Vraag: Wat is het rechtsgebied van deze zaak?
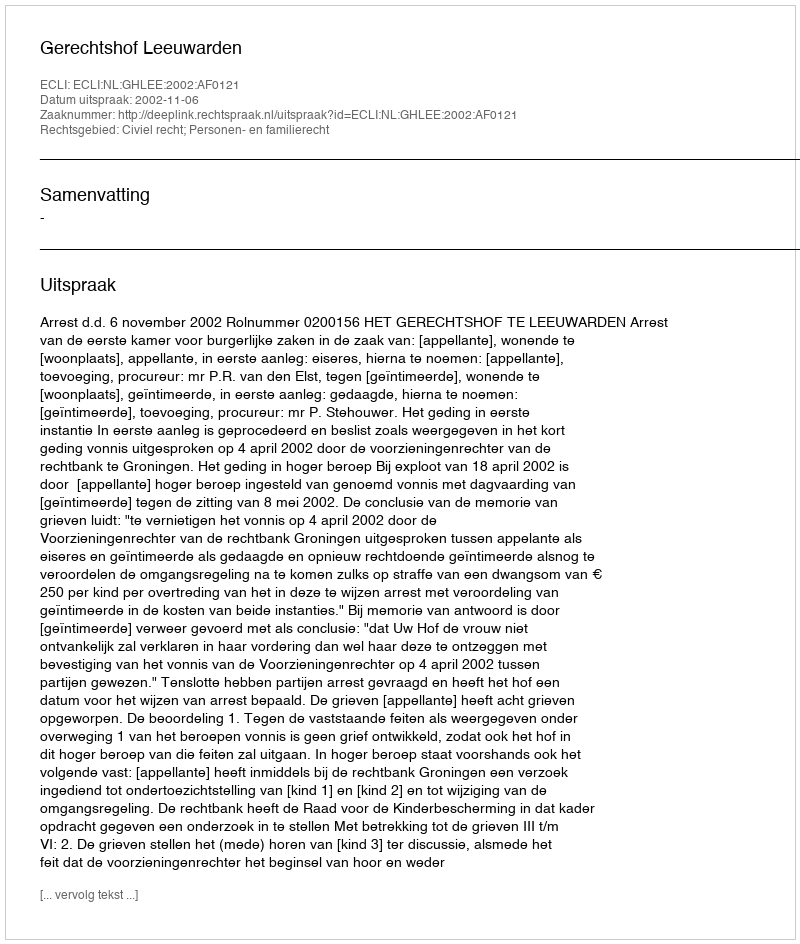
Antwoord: Civiel recht; Personen- en familierecht